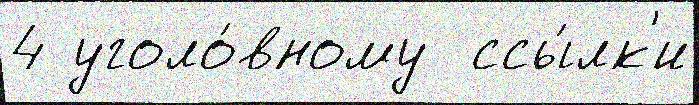
4 уголо́вному  ссы́лк'и